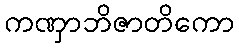
ကဏှာဘိဇာတိကော